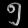
Digit: ၅